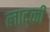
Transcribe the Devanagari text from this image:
लाद्की